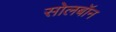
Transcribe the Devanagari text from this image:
सोलबॉन